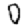
Digit: 0